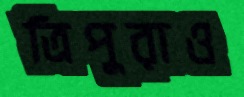
ত্রিপুরাও